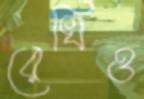
রেখিও